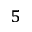
^ { 5 }